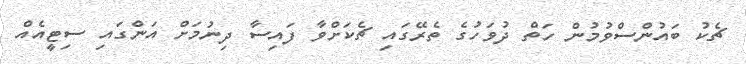
ޗެކު ބައުންސްވުމުން ހަތް ދުވަހުގެ ތެރޭގައި ޗެކަށްވާ ފައިސާ ދިނުމަށް އަންގައި ސިޓީއެއް